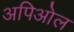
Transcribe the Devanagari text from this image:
अपिओल